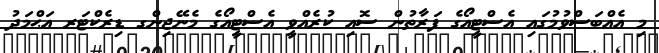
މި އެއްބަސްވުމުގައި އެސްޓީއޯގެ ފަރާތުން ސޮއި ކުރެއްވީ އެސްޓީއޯގެ މެނޭޖިންގ ޑިރެކްޓަރ އަޙްމަދު